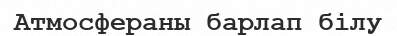
Атмосфераны барлап білу